Indian Medical Review
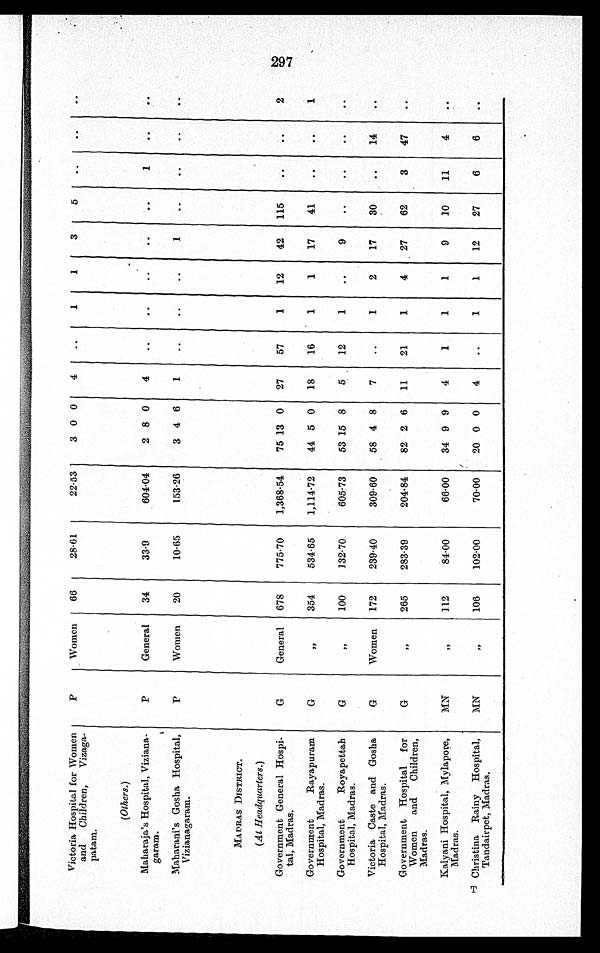
Victoria Hospital for Women
and Children, Vizaga-
patam.
P
Women
66
28.61
22.53
3 0 0
4
..
1
1
3
5
. .
. .
. .
(Others.)
Maharaja's Hospital, Viziana-
garam.
P
General
34
33.9
604.04
2 8 0
4
..
. .
. .
..
..
1
. .
. .
Maharani's Gosha Hospital,
Vizianagaram.
P
Women
20
10.65
153.26
3 4 6
1
..
..
..
1
. .
. .
. .
. .
MADRAS DISTRICT.
(At Headquarters.)
Government General Hospi-
tal, Madras.
G
General
678
775.70
1,368.54
75 13 0
27
57
1
12
42
115
. . ..
2
Government Rayapuram
Hospital, Madras.
G
, ,
354
534.65
1,114.72
44 5 0
18
16
1
1
17
41
..
..
1
Government Royapettah
Hospital, Madras.
G
„
100
132.70
605.73
53 15 8
5
12
1
..
9
. .
. .
. .
. .
Victoria Caste and Gosha
Hospital, Madras.
G
Women
172
239.40
309.60
58 4 8
7
..
1
2
17
30
..
14
. .
Government Hospital for
Women and Children,
Madras.
G
, ,
265
283.39
204.84
82 2 6
11
21
1
4
27
62
3
47
..
Kalyani Hospital, Mylapore,
Madras.
MN
, ,
112
84.00
66.00
34 9 9
4
1
1
1
9
10
11
4
..
T Christina Rainy Hospital,
Tandairpet, Madras.
MN
,,
106
102.00
70.00
20 0 0
4
..
1
1
12
27
6
6
..
2 9 7
cp